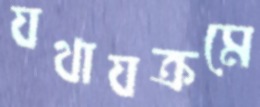
যথাযক্রমে